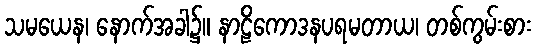
သမယေန၊ နောက်အခါ၌။ နာဠိကောဒနပရမတာယ၊ တစ်ကွမ်းစား